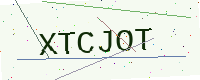
Text: XTCJOT